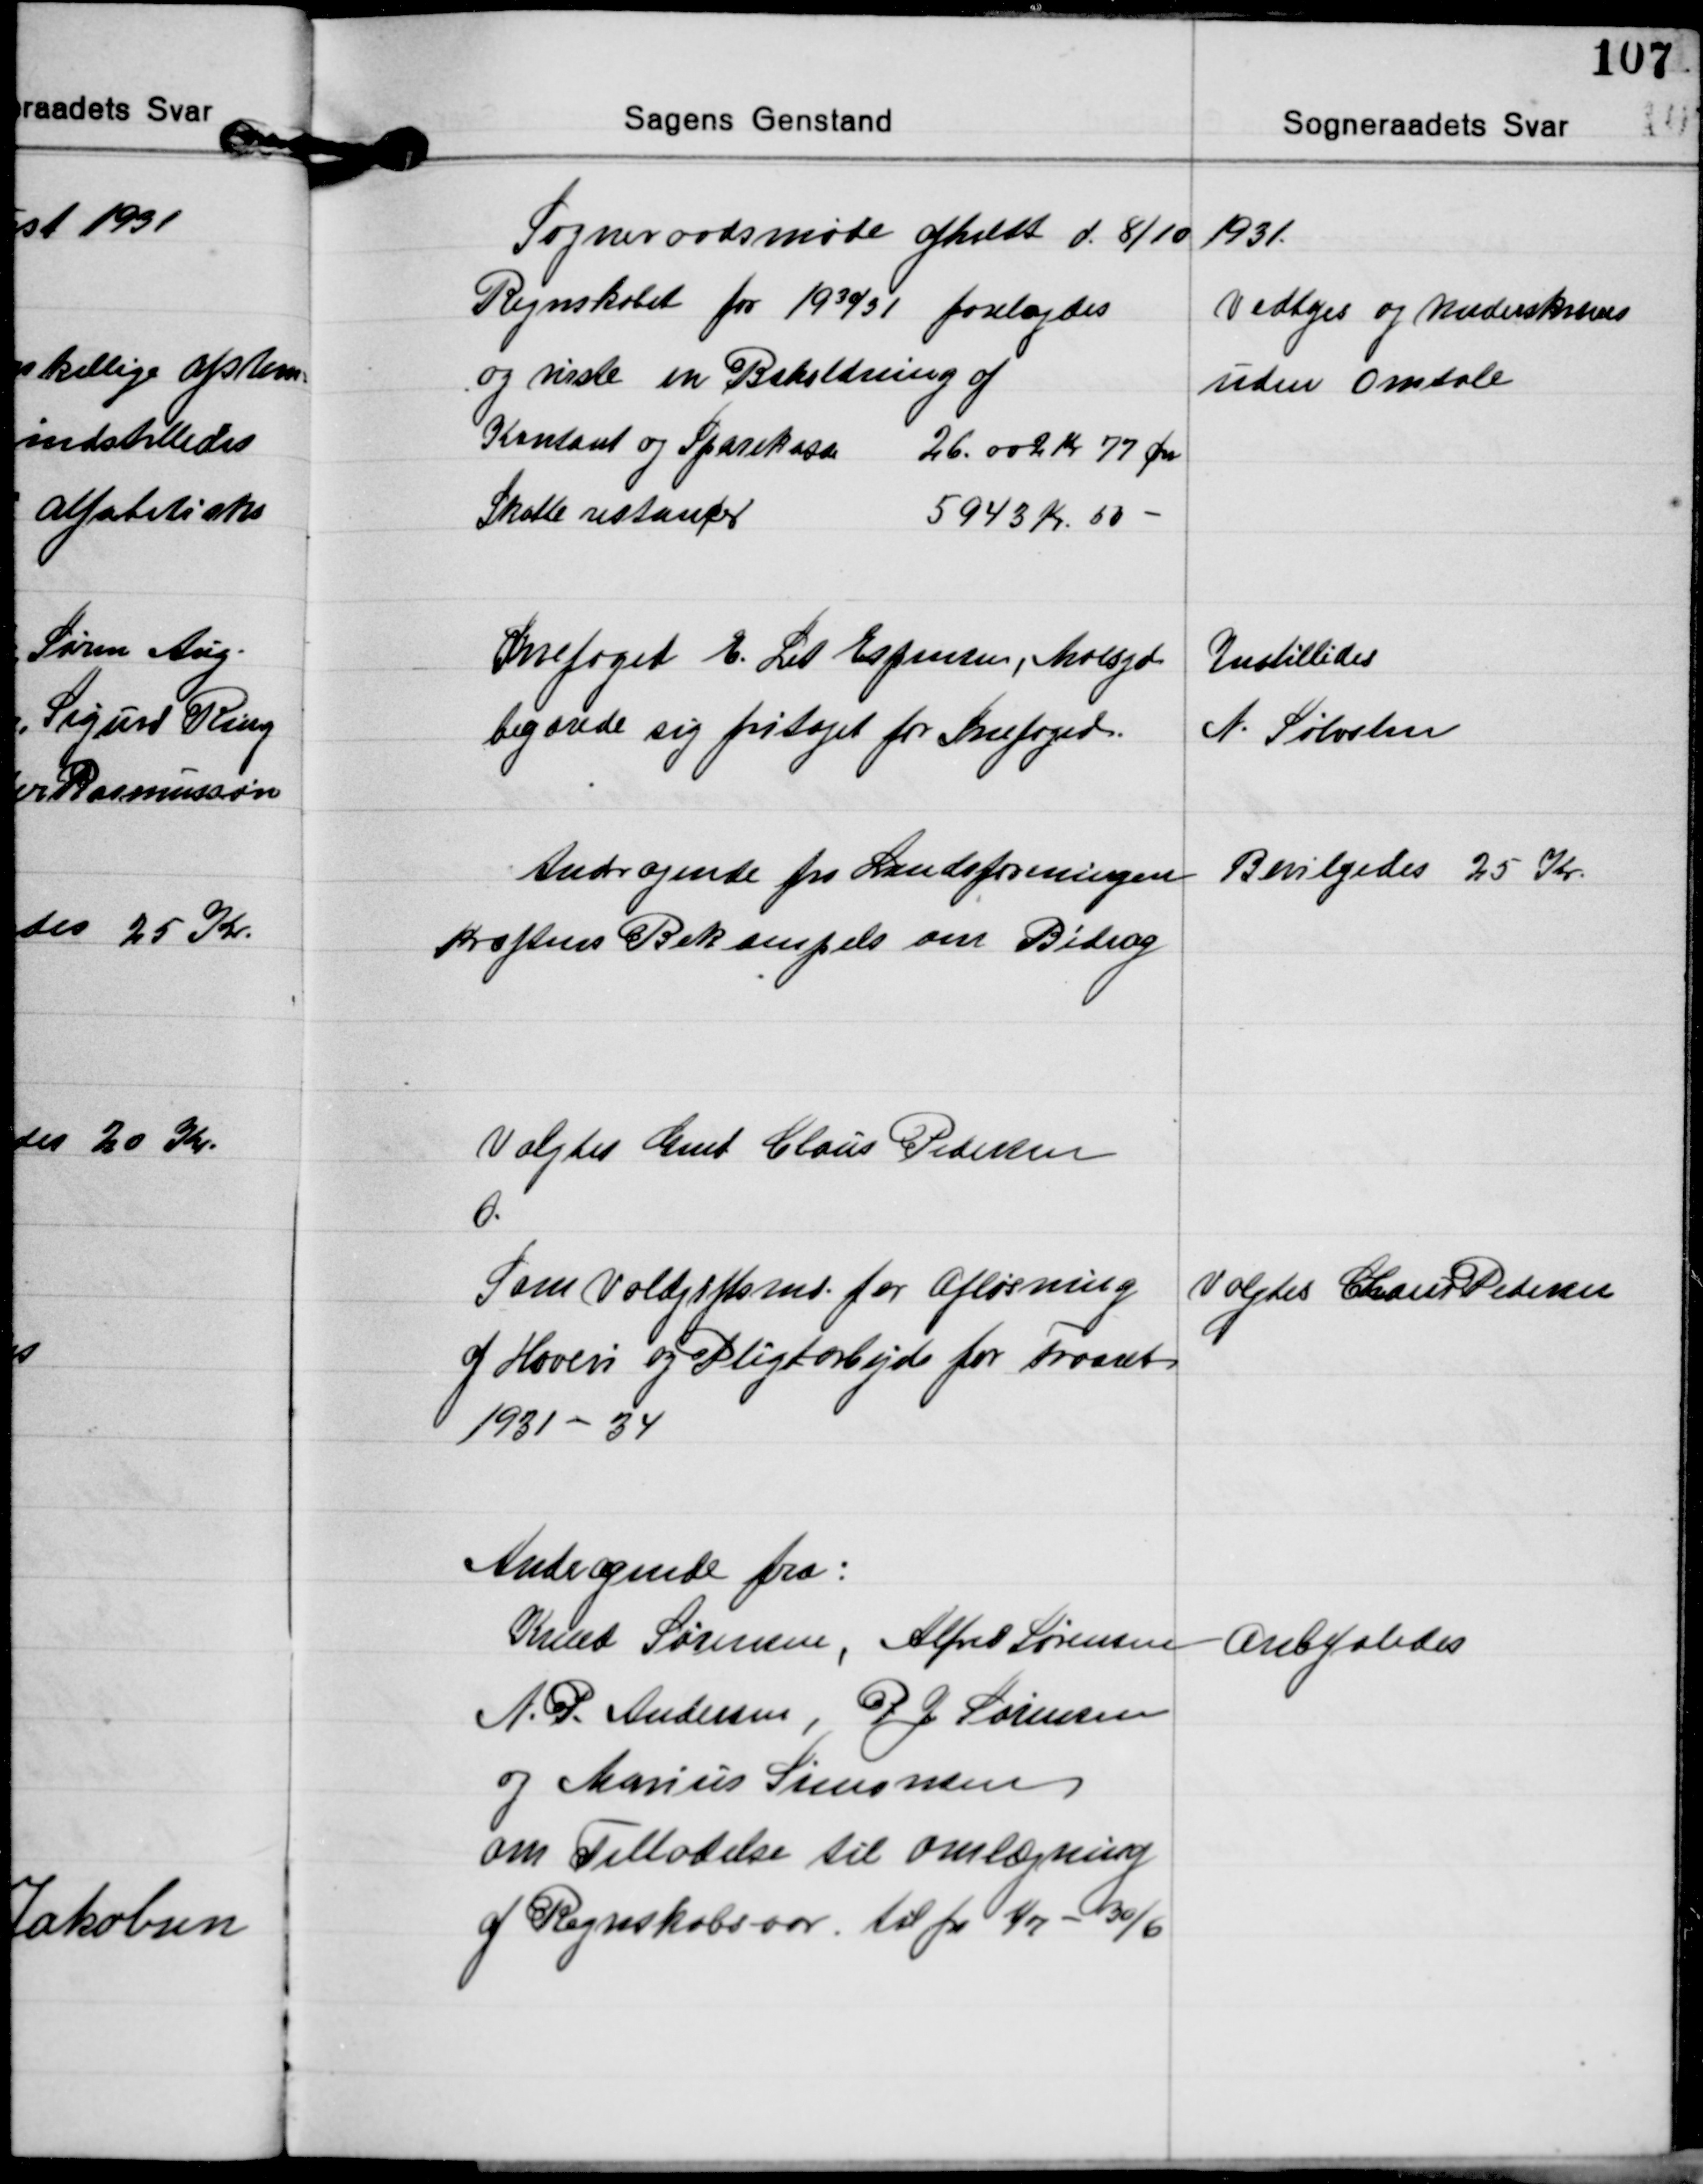
Transskription:
Sogneraadsmøde afholdt d. 8/10 1931.

Regnskabet for 1930/31 forelagdes
og viste en Beholdning af
Kontant og Sparekasse 26.002 Kr 77 Øre
Skatte restancer 5943 Kr 50 -

Vedtges og Underskreves
uden Omtale

Snefoged E. Lit. Espensen, Moesgd.
begærede sig fritaget for Snefoged.

Instilledes
N. Sølvsten

Andragende fra Landsforeningen
Kræftens Bekæmpels om Bidrag

Bevilgedes 25 Kr.

Valgtes Gmd. Claus Pedersen
O.

Som Voldgiftsmd. for Afløsning
af Hoveri og Pligtarbejde for treaaret
1931-34

Valgtes Claus Pedersen

Andragende fra:
Knud Sørensen, Alfred Sørensen
A. P. Andersen, P. J. Sørensen
og Marius Simonsen
om Tilladelse til omlægning
af Regnskabsaar til fra 1/7 - 30/6

Anbefaledes